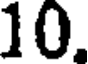
10.